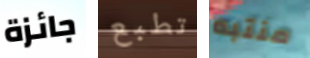
جائزة تطبع منتبه